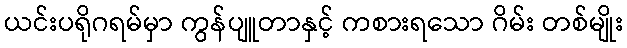
ယင်းပရိုဂရမ်မှာ ကွန်ပျူတာနှင့် ကစားရသော ဂိမ်း တစ်မျိုး